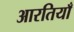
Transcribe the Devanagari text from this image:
आरतियाँ